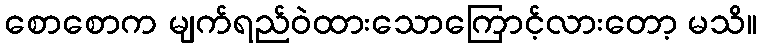
စောစောက မျက်ရည်ဝဲထားသောကြောင့်လားတော့ မသိ။